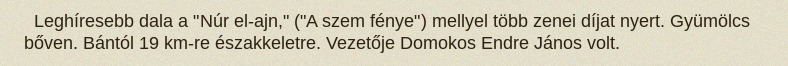
Leghíresebb dala a "Núr el-ajn," ("A szem fénye") mellyel több zenei díjat nyert. Gyümölcs bőven. Bántól 19 km-re északkeletre. Vezetője Domokos Endre János volt.